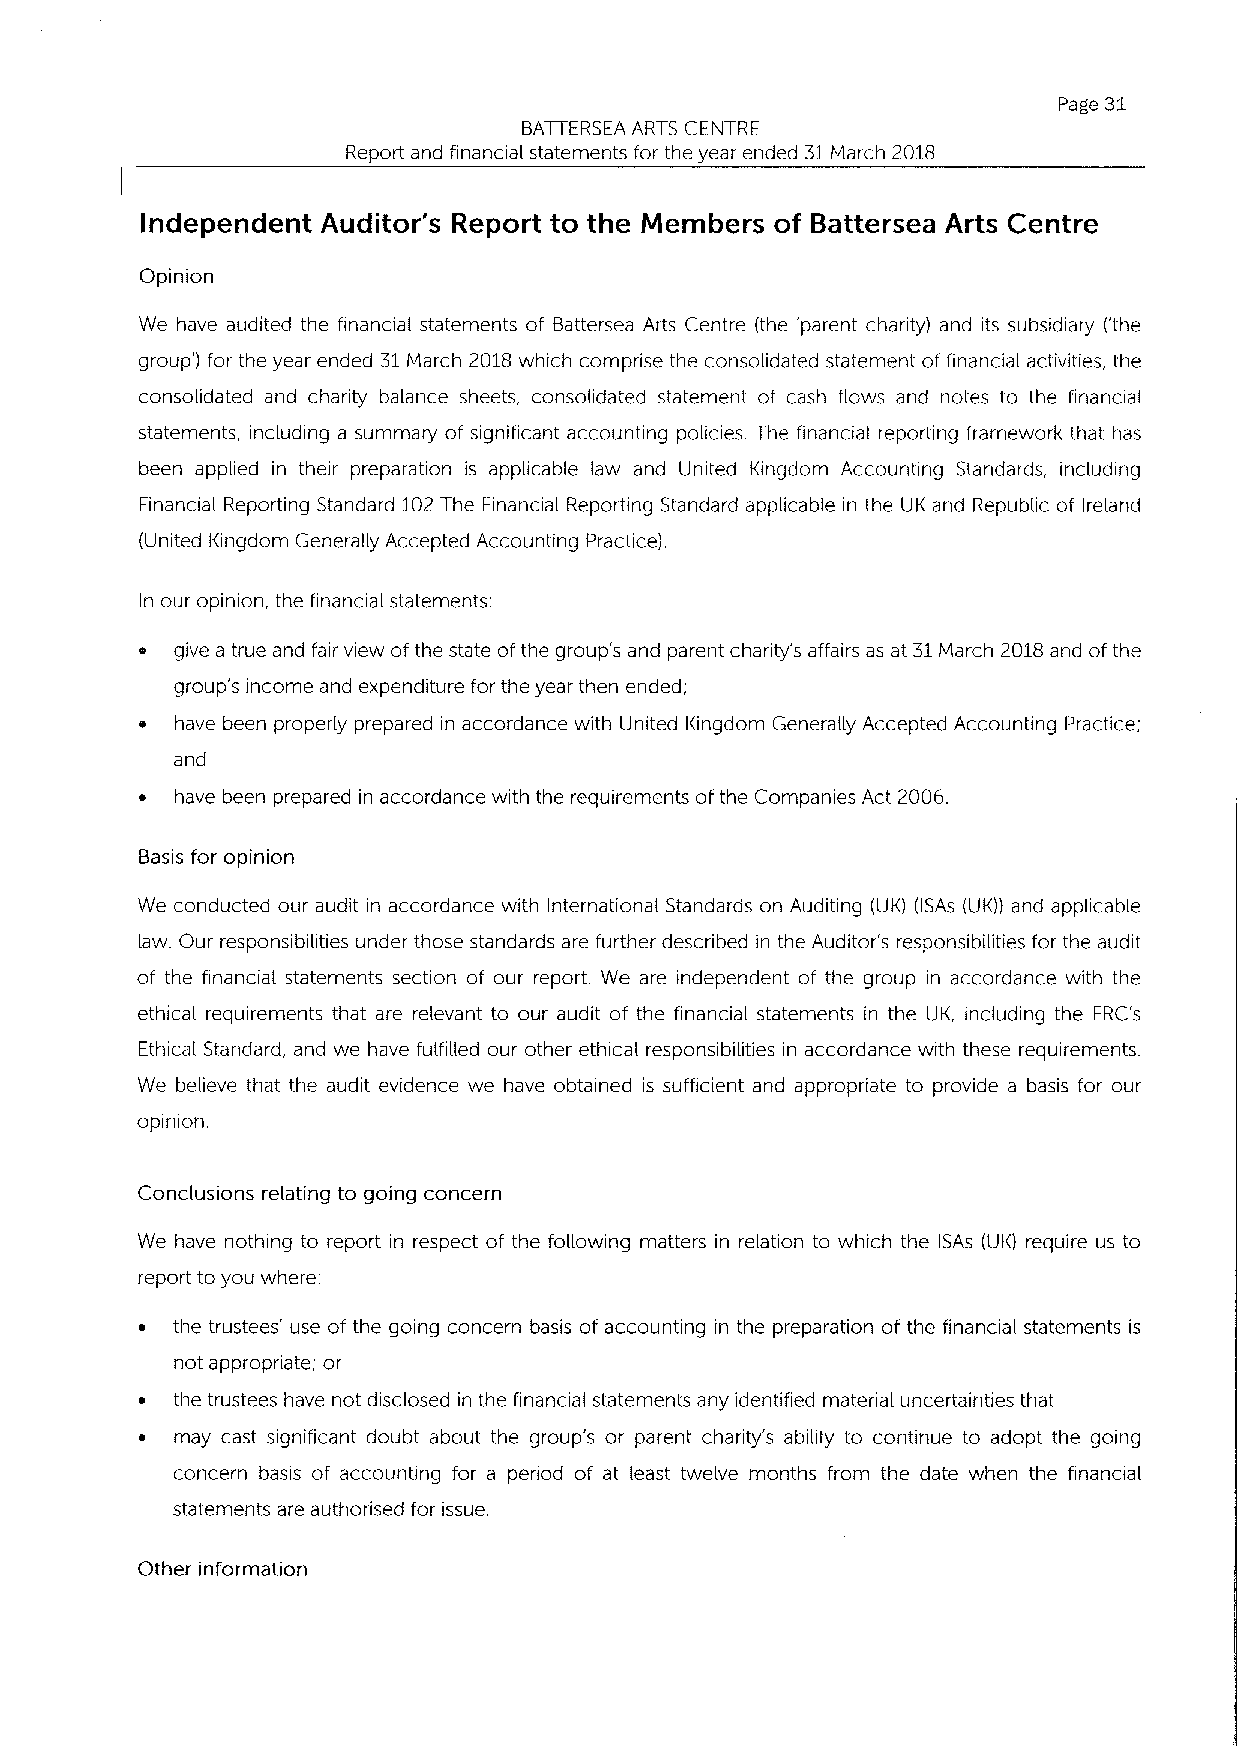
Page 31
 BATTERSEA ARTS CENTRE
 Report and financial statements for the year ended 31March 2018
 Independent Auditor's Report to the Members of Battersea Arts Centre
 Opinion
 We have audited the financial statements of Battersea Arts Centre (the 'parent charity) and its subsidiary ('the
 group') for the year ended 31March 2018which comprise the consolidated statement offinancial activities, the
 consolidated and charity balance sheets, consolidated statement of cash flows and notes to the financial
 statements, including a summary of significant accounting policies. The financial reporting framework that has
 been applied in their preparation is applicable law and United Kingdom Accounting Standards, including
 Financial Reporting Standard 102The Financial Reporting Standard applicable in the UK and Republic of Ireland
 (United Kingdom Generally Accepted Accounting Practice).
 In our opinion, the financial statements:
 give a true and fair view ofthe state ofthe group's and parent charity's affairs as at 31March 2018and ofthe
 group's income and expenditure for the year then ended;
 have been properly prepared in accordance with United Kingdom Genera(ly Accepted Accounting Practice;
 and
 ~  have been prepared in accordance with the requirements ofthe Companies Act 2006.
 Basis for opinion
 We conducted our audit in accordance with International Standards on Auditing (UK) (ISAs (UK)) and applicable
 law. Our responsibilities under those standards are further described in the Auditor's responsibilities for the audit
 of the financial statements section of our report. We are independent of the group in accordance with the
 ethical requirements that are relevant to our audit of the financial statements in the UK, incLuding the FRC's
 EthicaL Standard, and we have fulfilled our other ethical responsibilities in accordance with these requirements.
 We believe that the audit evidence we have obtained is sufficient and appropriate to provide a basis for our
 opinion.
 Conclusions relating to going concern
 We have nothing to report in respect of the following matters in relation to which the ISAs (UK) require us to
 report to you where:
 ~ the trustees' use of the going concern basis of accounting in the preparation of the financial statements is
 not appropriate; or
 ~ the trustees have not disclosed in the financial statements any identified material uncertainties that
 ~  may cast significant doubt about the group's or parent charity's ability to continue to adopt the going
 concern basis of accounting for a period of at least twelve months from the date when the financial
 statements are authorised for issue.
 Other information